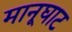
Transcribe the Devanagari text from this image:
मानूघाट